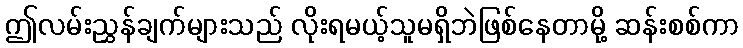
ဤလမ်းညွှန်ချက်များသည် လိုးရမယ့်သူမရှိဘဲဖြစ်နေတာမို့ ဆန်းစစ်ကာ